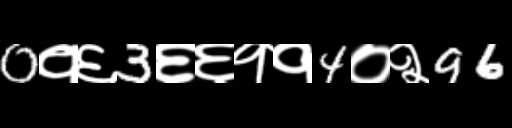
Text: 0१६3६६११4०२96